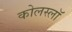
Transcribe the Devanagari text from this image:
कोलस्लॉ